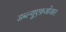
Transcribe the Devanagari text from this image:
डब्ल्यूएफ़ओआर